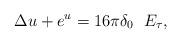
LaTeX: \begin{align*}\Delta u+e^{u}=16\pi \delta_{0}\ \;E_{\tau}, \end{align*}